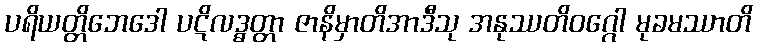
ပရိယတ္တိဘေဒေါ ပဋိလဒ္ဓတ္တာ ဇာနိမှာတိအာဒီသု အနုဿတိဝဂ္ဂေါ မုခမဿာတိ